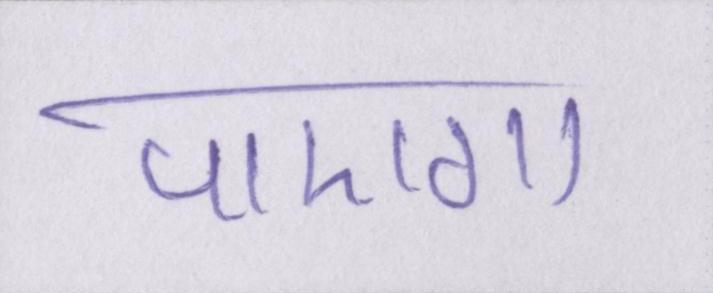
पाएगा